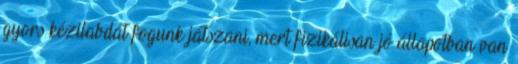
gyors kézilabdát fogunk játszani, mert fizikálisan jó állapotban van